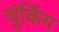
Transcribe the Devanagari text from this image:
चुंकिंग